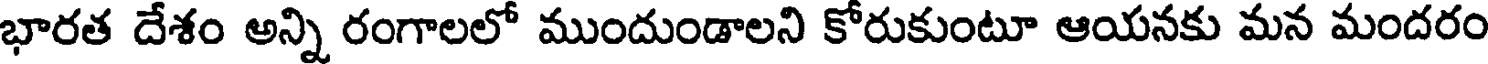
భారత దేశం అన్ని రంగాలలో ముందుండాలని కోరుకుంటూ ఆయనకు మన మందరం